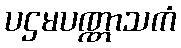
ပဌမပဏ္ဏာသကံ